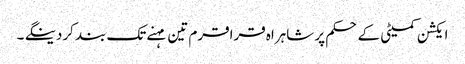
ایکشن کمیٹی کے حکم پر شاہراہ قراقرم تین مہنے تک بند کردینگے ۔